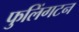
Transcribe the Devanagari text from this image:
फुलिंगटन